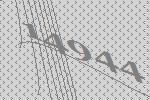
14944